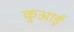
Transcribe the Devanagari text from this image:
कुआई